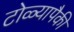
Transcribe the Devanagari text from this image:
टोळ्यापैकी